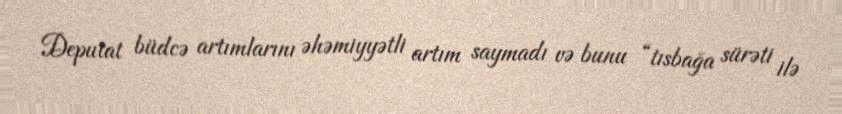
Deputat büdcə artımlarını əhəmiyyətli artım saymadı və bunu “tısbağa sürəti ilə